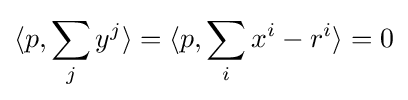
\langle p,\sum _{j}y^{j}\rangle =\langle p,\sum _{i}x^{i}-r^{i}\rangle =0